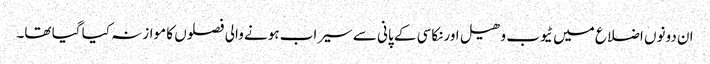
ان دونوں اضلاع میں ٹیوب وھیل اورنکاسی کے پانی سے سیراب ہونے والی فصلوں کا موازنہ کیا گیا تھا۔